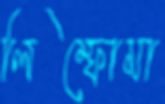
লিম্ফোমা